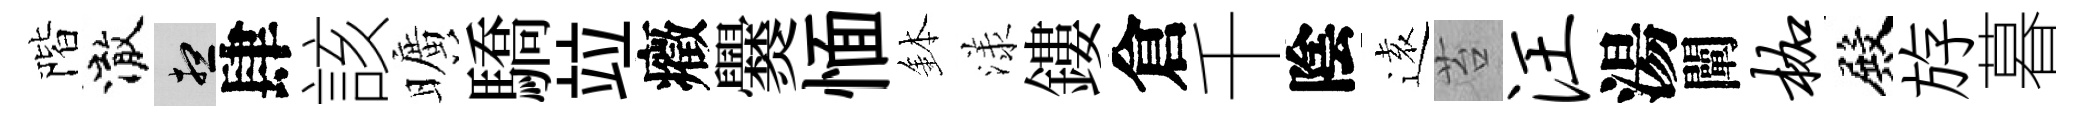
階澈想肆該曠驕竝癥爨愐鉢漾鏤倉千陰逺苔汪湯闡枷殿斿暮